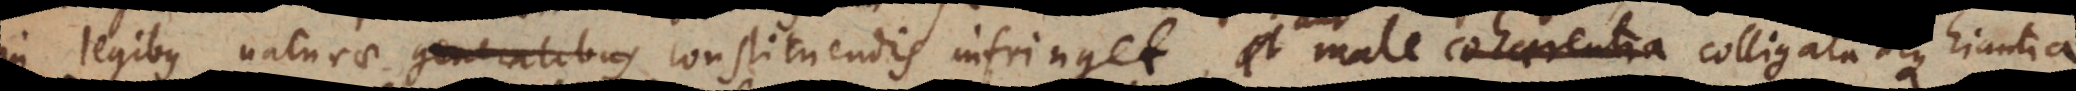
legibus naturae generalibus constituendis infringet, aut male cohaerentia colligata atque hiantia